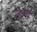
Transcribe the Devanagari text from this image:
जताये